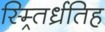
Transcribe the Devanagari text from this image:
स्म्र्तिर्ध्रतिह